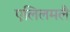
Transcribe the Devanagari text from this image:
एलिलमलै